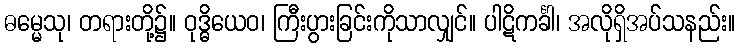
ဓမ္မေသု၊ တရားတို့၌။ ဝုဒ္ဓိယေဝ၊ ကြီးပွားခြင်းကိုသာလျှင်။ ပါဋိကင်္ခါ၊ အလိုရှိအပ်သနည်း။